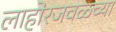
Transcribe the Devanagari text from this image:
लाहोरजवळच्या